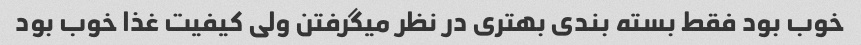
خوب بود فقط بسته بندی بهتری در نظر میگرفتن ولی کیفیت غذا خوب بود